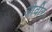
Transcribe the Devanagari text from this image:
ओवीर